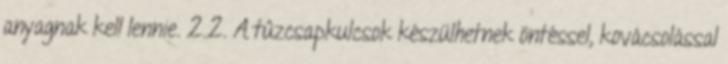
anyagnak kell lennie. 2.2. A tûzcsapkulcsok készülhetnek öntéssel, kovácsolással